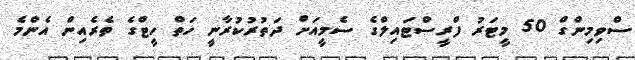
ސްވިމިންގް 50 މީޓަރު ފްރީސްޓައިލްގެ ސެމީއަށް ދަތުރުކުރާނީ ހަތް ހީޓްގެ ތެރެއިން އެންމެ